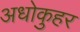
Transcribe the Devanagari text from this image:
अधोकुहर